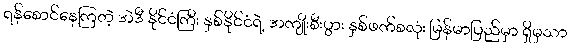
ရန်စောင်နေကြတဲ့ အဲဒီ နိုင်ငံကြီး နှစ်နိုင်ငံရဲ့ အကျိုးစီးပွား နှစ်ဖက်စလုံး မြန်မာပြည်မှာ ရှိမှသာ